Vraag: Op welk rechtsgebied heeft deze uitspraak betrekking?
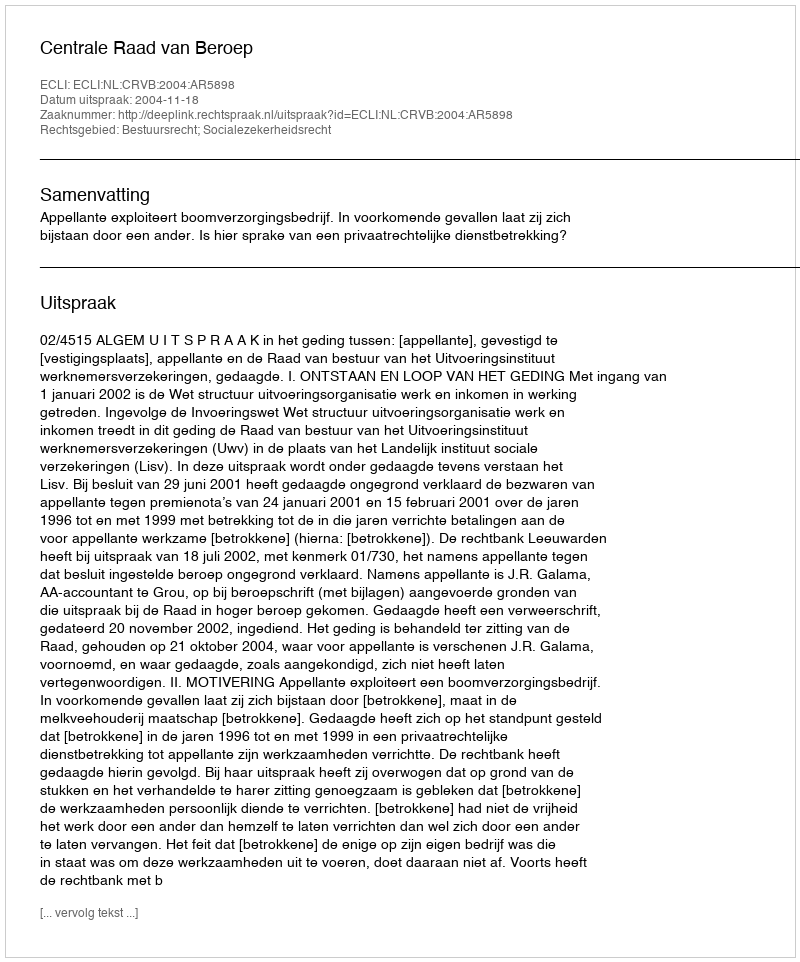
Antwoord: Bestuursrecht; Socialezekerheidsrecht